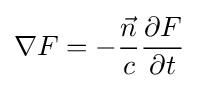
\nabla F=-{\frac {\vec {n}}{c}}{\frac {\partial F}{\partial t}}